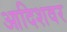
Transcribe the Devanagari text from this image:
आदिशवर